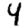
Digit: 4